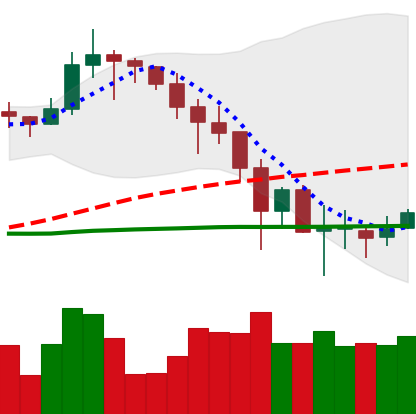
Ticker: LINK-USD
Chart end date: 2019-11-29
Forward return: -12.549%
Label: down_7plus